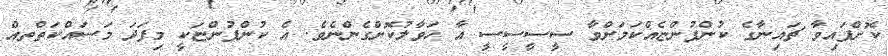
ކޮށްފައިވާ ޗައިނާގެ ކުންފުންޏެއްކަމަށްވާ ސީސީސީސީ އާ ހަވާލުކޮށްގެންނެވެ. އެ ކުންފުންޏަކީ މިފަދަ މަސައްކަތްތއް